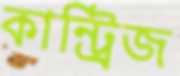
কান্ট্রিজ